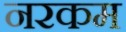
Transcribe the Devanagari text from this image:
नरकम